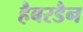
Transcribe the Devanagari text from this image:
हैबरडैन